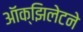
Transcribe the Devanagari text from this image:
ऑक्झिलेटने